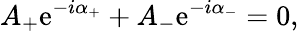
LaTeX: A_{+}\mathrm{e}^{-i\alpha_{+}}+A_{-}\mathrm{e}^{-i\alpha_{-}}=0,